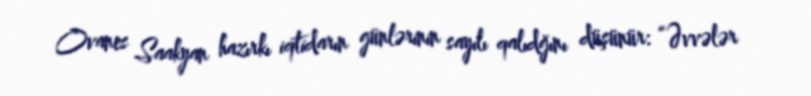
Ovanes Saakyan hazırkı iqtidarın günlərinin sayılı qalıdğını düşünür: “Əvvələr